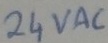
Text: 24VAC